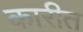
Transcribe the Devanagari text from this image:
कारीत